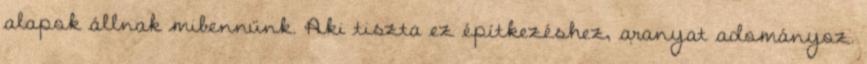
alapok állnak mibennünk. Aki tiszta ez építkezéshez, aranyat adományoz.